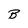
Character: B